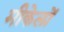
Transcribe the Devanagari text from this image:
मीकेलों